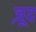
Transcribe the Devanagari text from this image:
ज़ूद